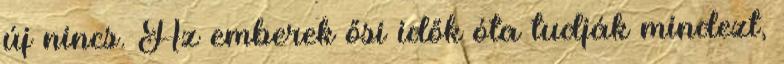
új nincs. Az emberek ősi idők óta tudják mindezt,